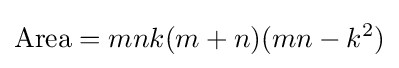
{\text{Area}}=mnk(m+n)(mn-k^{2})